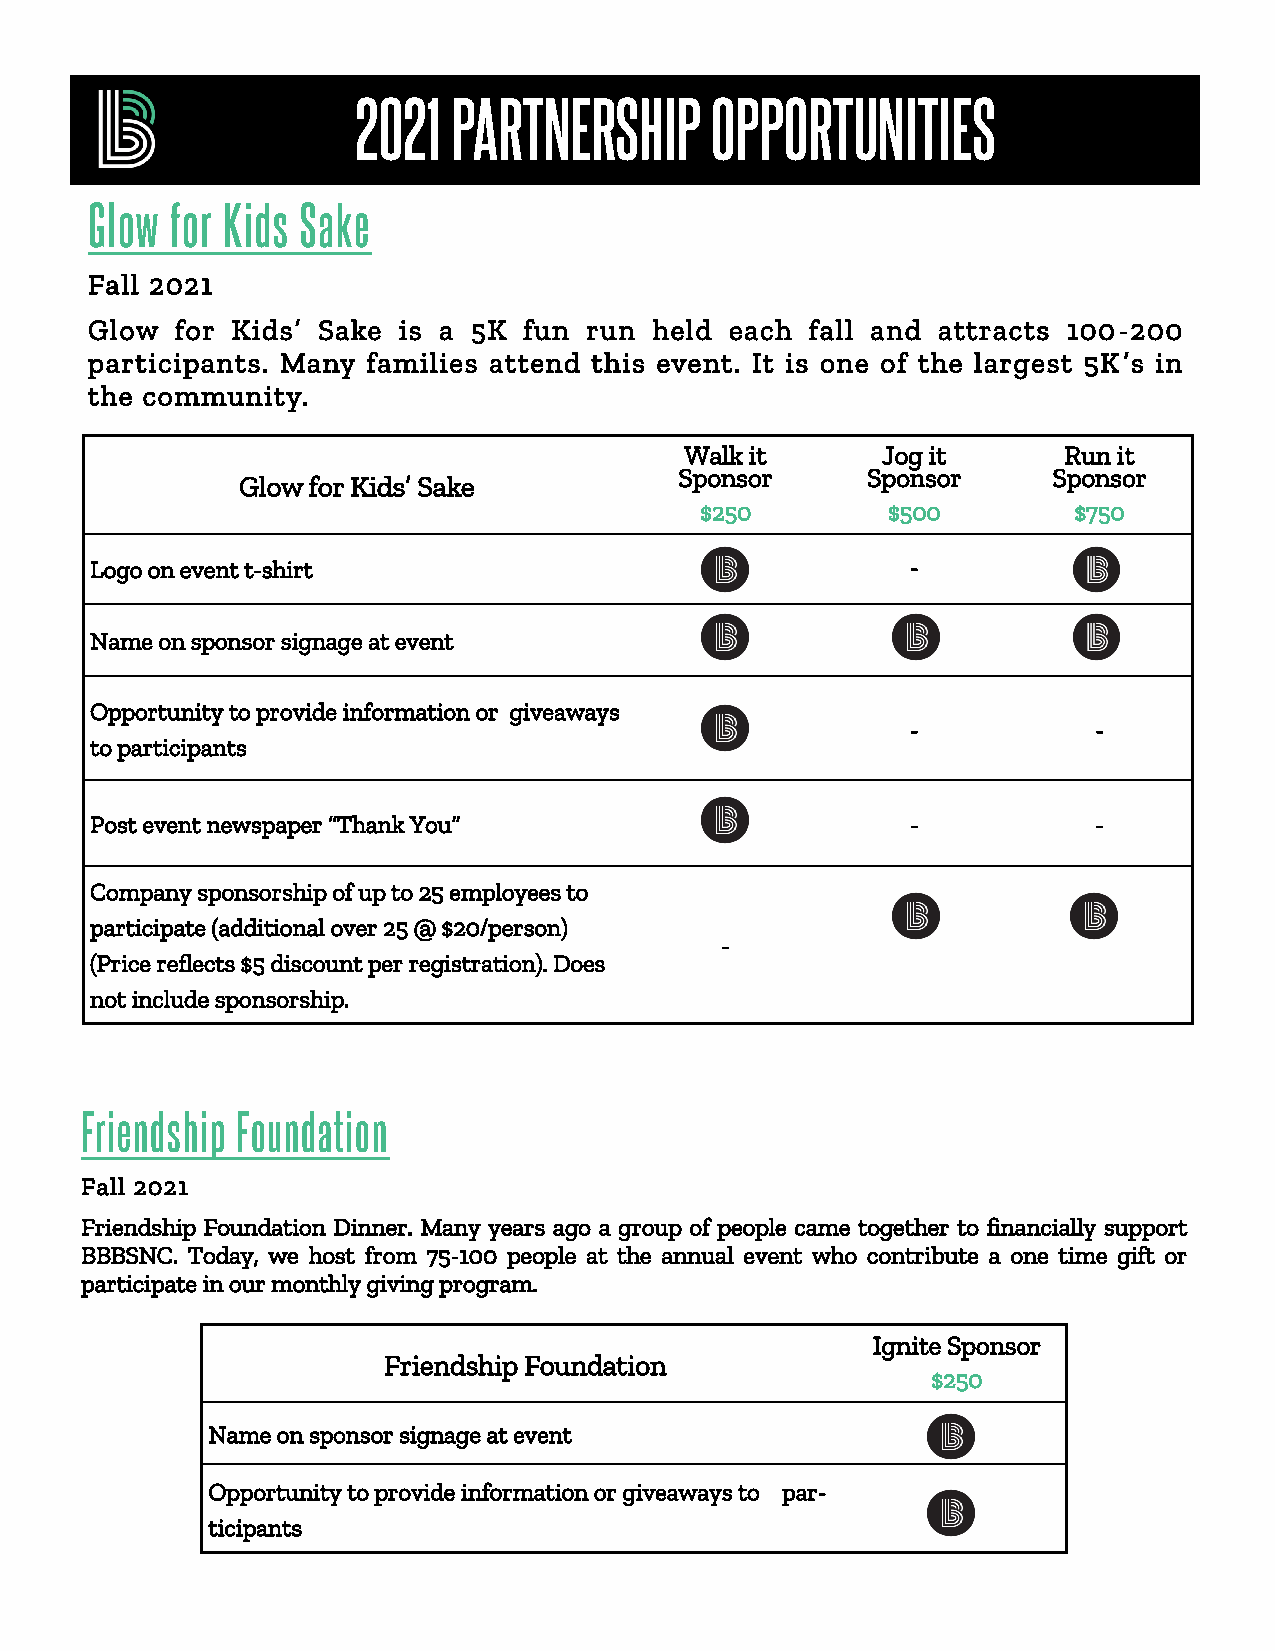
2021  PARTNERSHIP      OPPORTUNITIES
 Glow for Kids Sake
 Fall 2021
 Glow  for Kids’ Sake is a 5K fun run held each  fall and attracts 100-200
 participants. Many families attend this event. It is one of the largest 5K’s in
 the community.
 Walk it      Jog it      Run it
 Sponsor     Sponsor      Sponsor
 Glow for Kids’ Sake
 $250         $500        $750
 Logo on event t-shirt                                 -
 Name on sponsor signage at event
 Opportunity to provide information or giveaways
 -            -
 to participants
 Post event newspaper “Thank You”                      -            -
 Company sponsorship of up to 25 employees to
 participate (additional over 25 @ $20/person)
 -
 (Price reflects $5 discount per registration). Does
 not include sponsorship.
 Friendship Foundation
 Fall 2021
 Friendship Foundation Dinner. Many years ago a group of people came together to financially support
 BBBSNC. Today, we host from 75-100 people at the annual event who contribute a one time gift or
 participate in our monthly giving program.
 Ignite Sponsor
 Friendship Foundation
 $250
 Name on sponsor signage at event
 Opportunity to provide information or giveaways to par-
 ticipants